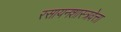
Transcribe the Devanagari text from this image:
रसायनशास्त्रवेत्ता